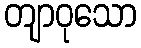
တျာဝုသော